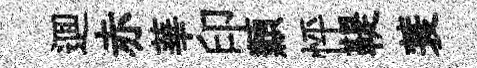
逥赤華印纇怦鞮蓑